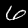
Label: 6